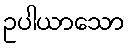
ဥပါယာသော